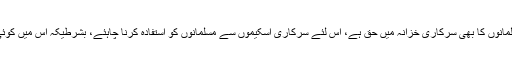
۱۱- دوسری قومی اکائیوں کی طرح مسلمانوں کا بھی سرکاری خزانہ میں حق ہے، اس لئے سرکاری اسکیموں سے مسلمانوں کو استفادہ کرنا چاہئے، بشرطیکہ اس میں کوئی ایسی بات نہ ہو، جو شرعاً ممنوع ہے۔